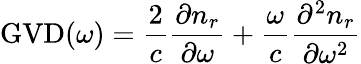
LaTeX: \mathrm{GVD}(\omega)=\frac{2}{c}\frac{\partial n_{r}}{\partial\omega}+\frac{\omega}{c}\frac{\partial^{2}n_{r}}{\partial\omega^{2}}